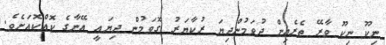
ނިކޫ ނިކޫ ވާރޭ ތެރެއިން ދުވަމުންދިޔަ ރުކާޔަރު ގޮވަމުން ދިޔައީ އޭނާގެ ކޮއްކޮއަށެވެ.